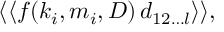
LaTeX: \langle \langle f ( k _ { i } , m _ { i } , D ) \, d _ { 1 2 \ldots l } \rangle \rangle ,